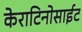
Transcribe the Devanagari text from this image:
केराटिनोसाईट